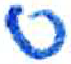
אות: ס